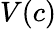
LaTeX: V(c)